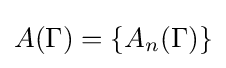
A(\Gamma )=\{A_{n}(\Gamma )\}